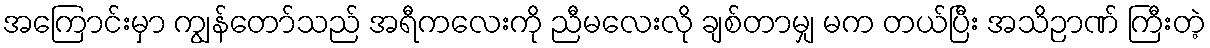
အကြောင်းမှာ ကျွန်တော်သည် အရီကလေးကို ညီမလေးလို ချစ်တာမျှ မက တယ်ပြီး အသိဉာဏ် ကြီးတဲ့